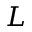
L